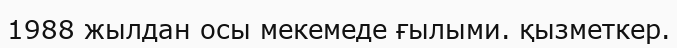
1988 жылдан осы мекемеде ғылыми. қызметкер.